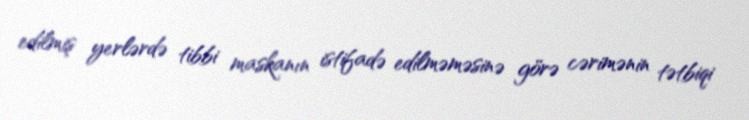
edilmiş yerlərdə tibbi maskanın istifadə edilməməsinə görə cərimənin tətbiqi